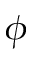
\phi